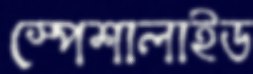
স্পেশালাইড